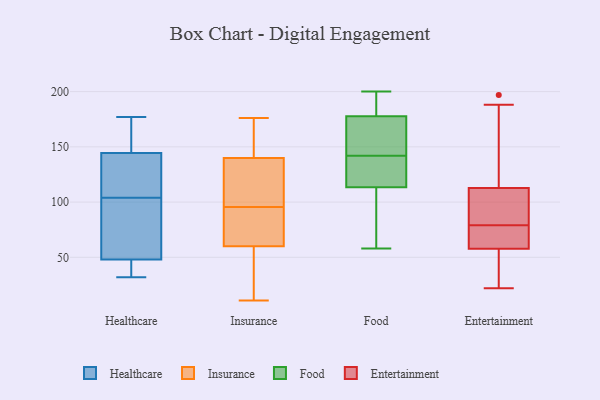
{"axis": {"x": "Market Share (%)", "y": "Value"}, "legend": ["Entertainment", "Food", "Healthcare", "Insurance"], "data": [{"x": "", "y": 177, "type": "Healthcare"}, {"x": "", "y": 41, "type": "Healthcare"}, {"x": "", "y": 118, "type": "Healthcare"}, {"x": "", "y": 108, "type": "Healthcare"}, {"x": "", "y": 100, "type": "Healthcare"}, {"x": "", "y": 151, "type": "Healthcare"}, {"x": "", "y": 130, "type": "Healthcare"}, {"x": "", "y": 32, "type": "Healthcare"}, {"x": "", "y": 35, "type": "Healthcare"}, {"x": "", "y": 175, "type": "Healthcare"}, {"x": "", "y": 147, "type": "Healthcare"}, {"x": "", "y": 142, "type": "Healthcare"}, {"x": "", "y": 55, "type": "Healthcare"}, {"x": "", "y": 60, "type": "Healthcare"}, {"x": "", "y": 79, "type": "Healthcare"}, {"x": "", "y": 37, "type": "Healthcare"}, {"x": "", "y": 128, "type": "Insurance"}, {"x": "", "y": 25, "type": "Insurance"}, {"x": "", "y": 48, "type": "Insurance"}, {"x": "", "y": 172, "type": "Insurance"}, {"x": "", "y": 11, "type": "Insurance"}, {"x": "", "y": 82, "type": "Insurance"}, {"x": "", "y": 73, "type": "Insurance"}, {"x": "", "y": 157, "type": "Insurance"}, {"x": "", "y": 88, "type": "Insurance"}, {"x": "", "y": 113, "type": "Insurance"}, {"x": "", "y": 86, "type": "Insurance"}, {"x": "", "y": 176, "type": "Insurance"}, {"x": "", "y": 56, "type": "Insurance"}, {"x": "", "y": 103, "type": "Insurance"}, {"x": "", "y": 172, "type": "Insurance"}, {"x": "", "y": 140, "type": "Insurance"}, {"x": "", "y": 60, "type": "Insurance"}, {"x": "", "y": 103, "type": "Insurance"}, {"x": "", "y": 141, "type": "Food"}, {"x": "", "y": 112, "type": "Food"}, {"x": "", "y": 191, "type": "Food"}, {"x": "", "y": 183, "type": "Food"}, {"x": "", "y": 154, "type": "Food"}, {"x": "", "y": 118, "type": "Food"}, {"x": "", "y": 200, "type": "Food"}, {"x": "", "y": 142, "type": "Food"}, {"x": "", "y": 195, "type": "Food"}, {"x": "", "y": 126, "type": "Food"}, {"x": "", "y": 159, "type": "Food"}, {"x": "", "y": 61, "type": "Food"}, {"x": "", "y": 90, "type": "Food"}, {"x": "", "y": 58, "type": "Food"}, {"x": "", "y": 162, "type": "Food"}, {"x": "", "y": 79, "type": "Entertainment"}, {"x": "", "y": 61, "type": "Entertainment"}, {"x": "", "y": 45, "type": "Entertainment"}, {"x": "", "y": 81, "type": "Entertainment"}, {"x": "", "y": 102, "type": "Entertainment"}, {"x": "", "y": 197, "type": "Entertainment"}, {"x": "", "y": 188, "type": "Entertainment"}, {"x": "", "y": 89, "type": "Entertainment"}, {"x": "", "y": 48, "type": "Entertainment"}, {"x": "", "y": 82, "type": "Entertainment"}, {"x": "", "y": 64, "type": "Entertainment"}, {"x": "", "y": 64, "type": "Entertainment"}, {"x": "", "y": 145, "type": "Entertainment"}, {"x": "", "y": 48, "type": "Entertainment"}, {"x": "", "y": 22, "type": "Entertainment"}, {"x": "", "y": 64, "type": "Entertainment"}, {"x": "", "y": 152, "type": "Entertainment"}]}